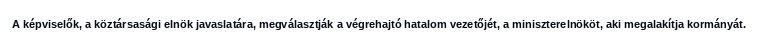
A képviselők, a köztársasági elnök javaslatára, megválasztják a végrehajtó hatalom vezetőjét, a miniszterelnököt, aki megalakítja kormányát.